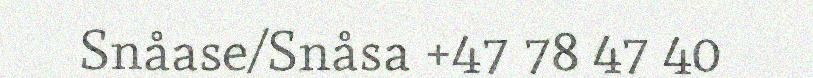
Snåase/Snåsa +47 78 47 40